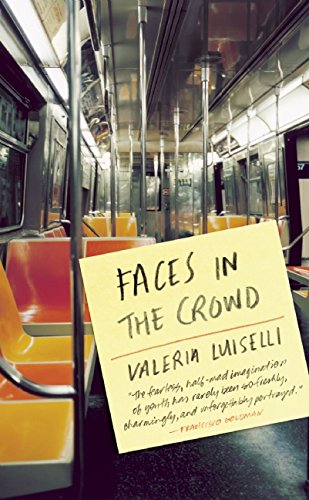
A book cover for Faces in the Crowd; Valeria Luiselli; Science Fiction & Fantasy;